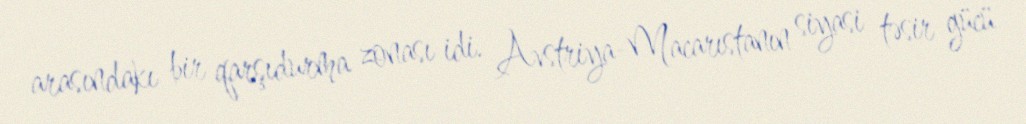
arasındakı bir qarşıdurma zonası idi. Avstriya-Macarıstanın siyasi təsir gücü